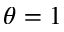
\theta = 1